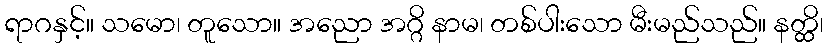
ရာဂနှင့်။ သမော၊ တူသော။ အညော အဂ္ဂိ နာမ၊ တစ်ပါးသော မီးမည်သည်။ နတ္ထိ၊